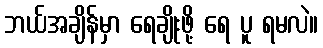
ဘယ်အချိန်မှာ ရေချိုးဖို့ ရေ ပူ ရမလဲ။